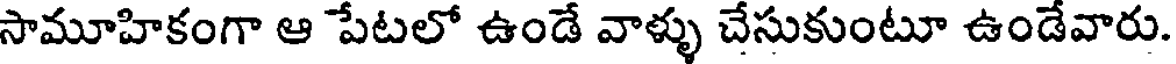
సామూహికంగా ఆ పేటలో ఉండే వాళ్ళు చేసుకుంటూ ఉండేవారు.